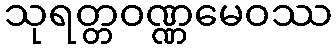
သုရတ္တဝဏ္ဏမေဝဿ